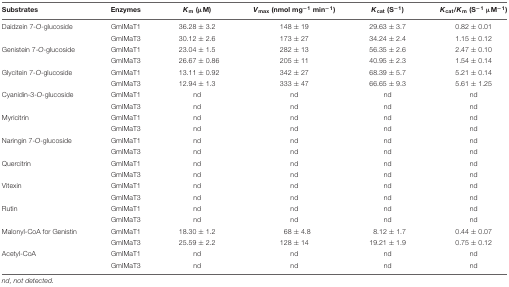
<table><thead><tr><td><b>Substrates</b></td><td><b>Enzymes</b></td><td><b><i>K</i><sub>m</sub> (μM)</b></td><td><b><i>V</i><sub>max</sub> (nmol mg<sup>-1</sup> min<sup>-1</sup>)</b></td><td><b><i>K</i><sub>cat</sub> (S<sup>-1</sup>)</b></td><td><b><i>K</i><sub>cat</sub><i>/K</i><sub>m</sub> (S<sup>-1</sup> μM<sup>-1</sup>)</b></td></tr></thead><tbody><tr><td>Daidzein 7-<i>O</i>-glucoside</td><td>GmIMaT1</td><td>36.28 ± 3.2</td><td>148 ± 19</td><td>29.63 ± 3.7</td><td>0.82 ± 0.01</td></tr><tr><td></td><td>GmIMaT3</td><td>30.12 ± 2.6</td><td>173 ± 27</td><td>34.24 ± 2.4</td><td>1.15 ± 0.12</td></tr><tr><td>Genistein 7-<i>O</i>-glucoside</td><td>GmIMaT1</td><td>23.04 ± 1.5</td><td>282 ± 13</td><td>56.35 ± 2.6</td><td>2.47 ± 0.10</td></tr><tr><td></td><td>GmIMaT3</td><td>26.67 ± 0.86</td><td>205 ± 11</td><td>40.95 ± 2.3</td><td>1.54 ± 0.14</td></tr><tr><td>Glycitein 7-<i>O</i>-glucoside</td><td>GmIMaT1</td><td>13.11 ± 0.92</td><td>342 ± 27</td><td>68.39 ± 5.7</td><td>5.21 ± 0.14</td></tr><tr><td></td><td>GmIMaT3</td><td>12.94 ± 1.3</td><td>333 ± 47</td><td>66.65 ± 9.3</td><td>5.61 ± 1.25</td></tr><tr><td>Cyanidin-3-<i>O</i>-glucoside</td><td>GmIMaT1</td><td>nd</td><td>nd</td><td>nd</td><td>nd</td></tr><tr><td></td><td>GmIMaT3</td><td>nd</td><td>nd</td><td>nd</td><td>nd</td></tr><tr><td>Myricitrin</td><td>GmIMaT1</td><td>nd</td><td>nd</td><td>nd</td><td>nd</td></tr><tr><td></td><td>GmIMaT3</td><td>nd</td><td>nd</td><td>nd</td><td>nd</td></tr><tr><td>Naringin 7-<i>O</i>-glucoside</td><td>GmIMaT1</td><td>nd</td><td>nd</td><td>nd</td><td>nd</td></tr><tr><td></td><td>GmIMaT3</td><td>nd</td><td>nd</td><td>nd</td><td>nd</td></tr><tr><td>Quercitrin</td><td>GmIMaT1</td><td>nd</td><td>nd</td><td>nd</td><td>nd</td></tr><tr><td></td><td>GmIMaT3</td><td>nd</td><td>nd</td><td>nd</td><td>nd</td></tr><tr><td>Vitexin</td><td>GmIMaT1</td><td>nd</td><td>nd</td><td>nd</td><td>nd</td></tr><tr><td></td><td>GmIMaT3</td><td>nd</td><td>nd</td><td>nd</td><td>nd</td></tr><tr><td>Rutin</td><td>GmIMaT1</td><td>nd</td><td>nd</td><td>nd</td><td>nd</td></tr><tr><td></td><td>GmIMaT3</td><td>nd</td><td>nd</td><td>nd</td><td>nd</td></tr><tr><td>Malonyl-CoA for Genistin</td><td>GmIMaT1</td><td>18.30 ± 1.2</td><td>68 ± 4.8</td><td>8.12 ± 1.7</td><td>0.44 ± 0.07</td></tr><tr><td></td><td>GmIMaT3</td><td>25.59 ± 2.2</td><td>128 ± 14</td><td>19.21 ± 1.9</td><td>0.75 ± 0.12</td></tr><tr><td>Acetyl-CoA</td><td>GmIMaT1</td><td>nd</td><td>nd</td><td>nd</td><td>nd</td></tr><tr><td></td><td>GmIMaT3</td><td>nd</td><td>nd</td><td>nd</td><td>nd</td></tr></tbody></table>